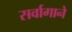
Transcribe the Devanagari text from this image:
सर्वागाने